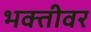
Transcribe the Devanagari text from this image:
भक्तीवर